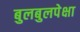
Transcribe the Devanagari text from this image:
बुलबुलपेक्षा